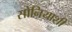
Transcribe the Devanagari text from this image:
सोनियाशी